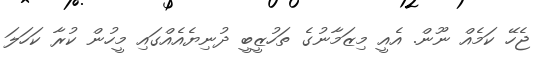
ޖެހޭ ކަމެއް ނޫން. އެއީ މިޒަމާނުގެ ތަހުޒީބީ ދުނިޔެއެއްގައި މީހުން ކުރާ ކަހަލަ